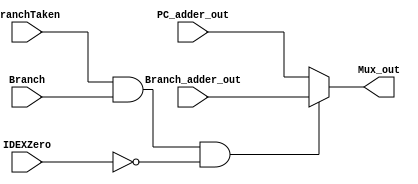

module PC_Branch_mux( PC_adder_out, Branch_adder_out,Mux_out, BranchTaken,Branch,IDEXZero );
input [31:0] PC_adder_out, Branch_adder_out;
input BranchTaken,Branch, IDEXZero ;
output reg [31:0] Mux_out;

wire sel;

assign sel =  BranchTaken && Branch && !(IDEXZero);

always@(*) begin
 if(sel)
	begin
		Mux_out <= Branch_adder_out;
	end
else
	Mux_out <= PC_adder_out;
end

endmodule